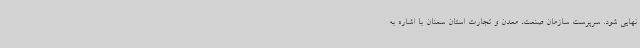
نهایی شود. سرپرست سازمان صنعت، معدن و تجارت استان سمنان با اشاره به